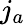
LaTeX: j_{a}